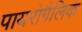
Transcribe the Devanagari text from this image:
पायरोगैलिक